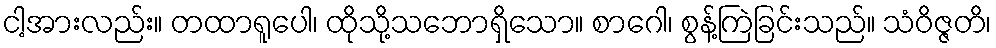
ငါ့အားလည်း။ တထာရူပေါ၊ ထိုသို့သဘောရှိသော။ စာဂေါ၊ စွန့်ကြဲခြင်းသည်။ သံဝိဇ္ဇတိ၊